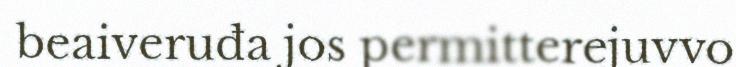
beaiveruđa jos permitterejuvvo